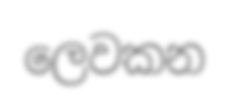
ලෙවකන